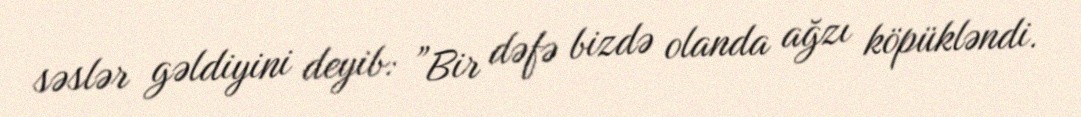
səslər gəldiyini deyib: ”Bir dəfə bizdə olanda ağzı köpükləndi.